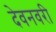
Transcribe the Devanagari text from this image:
देवनवरी